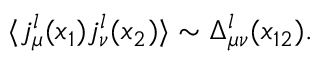
\langle j _ { \mu } ^ { l } ( x _ { 1 } ) j _ { \nu } ^ { l } ( x _ { 2 } ) \rangle \sim \Delta _ { \mu \nu } ^ { l } ( x _ { 1 2 } ) .